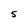
Character: 5